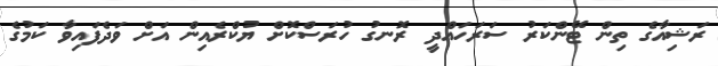
ރަޝިއާގެ ތިން ޓޭންކަރު ސަރަހައްދީ ރޮނގު ހުރަސްކޮށް ޔުކްރެއިން އަށް ވަދެފައިވާ ކަމުގެ